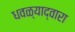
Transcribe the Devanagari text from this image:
धवळ्याद्वारा